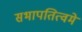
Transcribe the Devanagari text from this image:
सभापतित्वमे